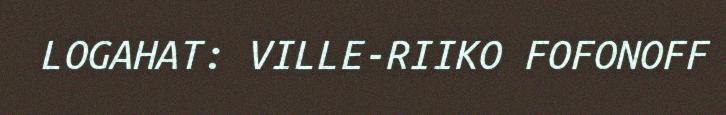
LOGAHAT: VILLE-RIIKO FOFONOFF